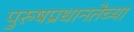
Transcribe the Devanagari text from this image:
पुरुषप्रधानतेच्या